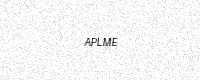
Text: APLME